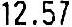
12.57